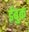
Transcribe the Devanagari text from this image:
ईबुक